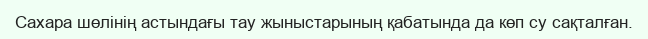
Сахара шөлінің астындағы тау жыныстарының қабатында да көп су сақталған.